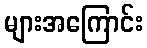
များအကြောင်း